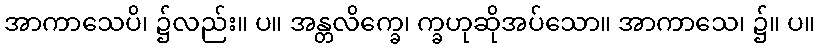
အာကာသေပိ၊ ၌လည်း။ ပ။ အန္တလိက္ခေ၊ က္ခဟုဆိုအပ်သော။ အာကာသေ၊ ၌။ ပ။